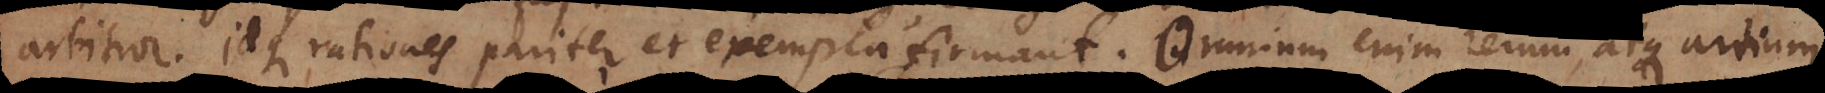
arbitror. Idque rationes pariter et exempla firmant. Omnium enim rerum, atque artium